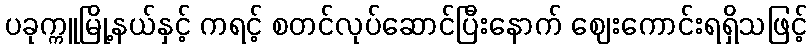
ပခုက္ကူမြို့နယ်နှင့် ကရင့် စတင်လုပ်ဆောင်ပြီးနောက် ဈေးကောင်းရရှိသဖြင့်